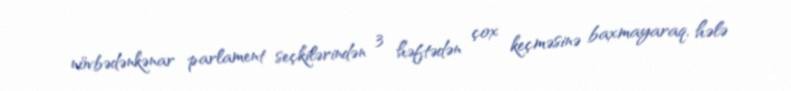
növbədənkənar parlament seçkilərindən 3 həftədən çox keçməsinə baxmayaraq, hələ